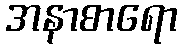
အနာစာရော